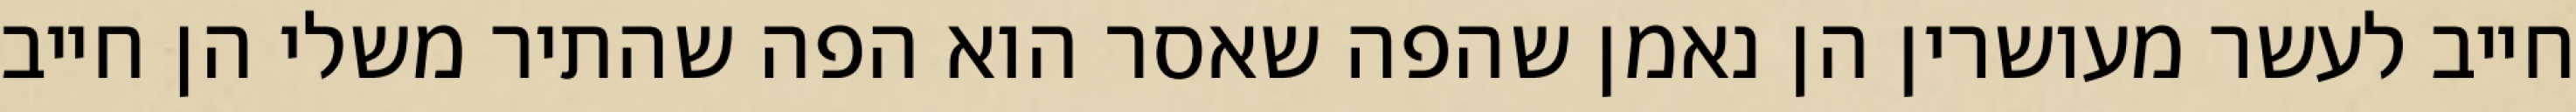
חייב לעשר מעושרין הן נאמן שהפה שאסר הוא הפה שהתיר משלי הן חייב